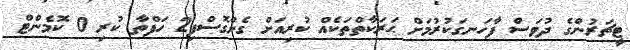
ޓީޗަރުންގެ ދުވަސް ފާހަނގަކުރުމަށް ޙަރަކާތްތަކެއް ކުރިއަށް ގެންގޮސްފި2 ހަފްތާ ކުރި 0 ކޮމެންޓް